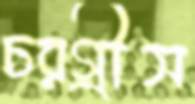
চরগ্রীস